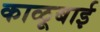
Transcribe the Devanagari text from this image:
काळूबाई